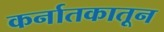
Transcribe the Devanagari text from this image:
कर्नातकातून